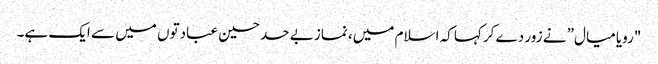
"رویا میال” نے زور دے کرکہا کہ اسلام میں، نماز بے حد حسین عبادتوں میں سے ایک ہے۔